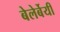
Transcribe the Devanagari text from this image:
बेलेर्बेयी